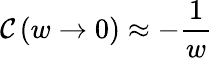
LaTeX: \mathcal{C}\left(w\rightarrow0\right)\approx-\frac{{1}}{{w}}